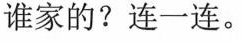
谁家的?连一连。